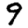
Digit: 9